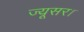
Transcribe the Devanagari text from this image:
ज्यूसर।